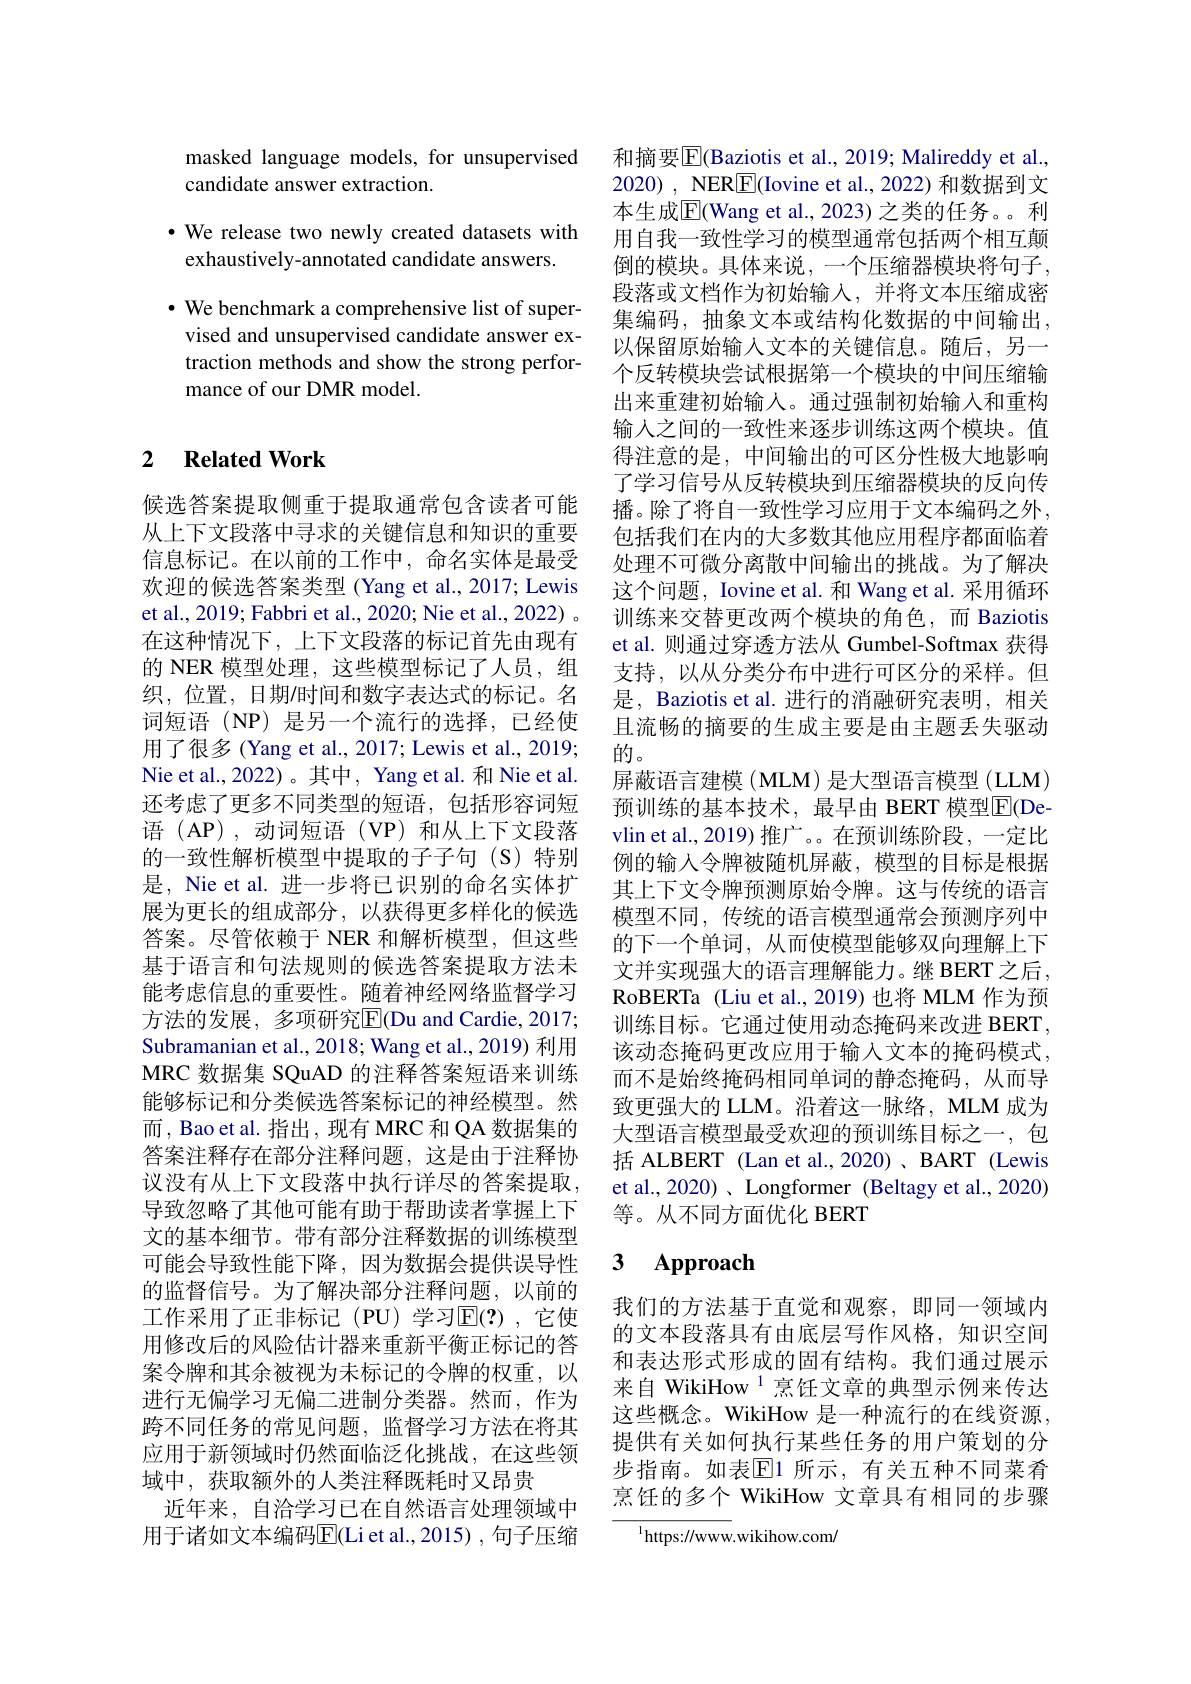
masked language models, for unsupervised
candidate answer extraction.
· We release two newly created datasets with
exhaustively-annotated candidate answers.
· We benchmark a comprehensive list of super-
vised and unsupervised candidate answer extraction methods and show the strong performance of our DMR model.

## 2 Related Work

候选答案提取侧重于提取通常包含读者可能从上下文段落中寻求的关键信息和知识的重要信息标记。在以前的工作中，命名实体是最受欢迎的候选答案类型 (Yang et al., 2017; Lewis et al., 2019; Fabbri et al., 2020; Nie et al., 2022) 。在这种情况下，上下文段落的标记首先由现有的 NER 模型处理，这些模型标记了人员，组织，位置，日期间间和数字表达式的标记。名词短语 (NP) 是另一个流行的选择，已经使用了很多 (Yang et al., 2017; Lewis et al., 2019; Nie et al., 2022)。其中，Yang et al. 和 Nie et al. 还考虑了更多不同类型的短语，包括形容词短语 (AP),动词短语(VP)和从上下文段落的一致性解析模型中提取的子子句(S)特别是，Nie et al. 进一步将已识别的命名实体扩展为更长的组成部分，以获得更多样化的候选答案。尽管依赖于 NER 和解析模型，但这些基于语言和句法规则的候选答案提取方法未能考虑信息的重要性。随着神经网络监督学习方法的发展，多项研究$\overline{\mathrm{E}}($Du and Cardie,2017; Subramanian et al., 2018; Wang et al., 2019) 利用MRC 数据集 SQuAD 的注释答案短语来训练能够标记和分类候选答案标记的神经模型。然而，Bao et al. 指出，现有 MRC 和 QA 数据集的答案注释存在部分注释问题，这是由于注释协议没有从上下文段落中执行详尽的答案提取， 导致忽略了其他可能有助于帮助读者掌握上下文的基本细节。带有部分注释数据的训练模型可能会导致性能下降，因为数据会提供误导性的监督信号。为了解决部分注释问题，以前的工作采用了正非标记(PU)学习$\mathbb{E}(?)$,它使用修改后的风险估计器来重新平衡正标记的答案令牌和其余被视为未标记的令牌的权重，以进行无偏学习无偏二进制分类器。然而，作为跨不同任务的常见问题，监督学习方法在将其应用于新领域时仍然面临泛化挑战，在这些领域中，获取额外的人类注释既耗时又昂贵
近年来，自洽学习已在自然语言处理领域中$\underline\text{烹饪的多个 WikiHow 文章具有相同的步骤}$
用于诸如文本编码$\overline{\mathrm{E}}($Li et al.,2015) ,句子压缩

和摘要$\overline{\mathbb{F}}($Baziotis et al., 2019; Malireddy et al., 2020), NER$\boxed{\mathrm{F}}($Iovine et al., 2022) 和数据到文本生成$\overline{\mathrm{E}}$(Wang et al., 2023) 之类的任务。。利用自我一致性学习的模型通常包括两个相互颠倒的模块。具体来说，一个压缩器模块将句子， 段落或文档作为初始输入，并将文本压缩成密集编码，抽象文本或结构化数据的中间输出， 以保留原始输入文本的关键信息。随后，另一个反转模块尝试根据第一个模块的中间压缩输出来重建初始输入。通过强制初始输入和重构输入之间的一致性来逐步训练这两个模块。值得注意的是，中间输出的可区分性极大地影响了学习信号从反转模块到压缩器模块的反向传播。除了将自一致性学习应用于文本编码之外， 包括我们在内的大多数其他应用程序都面临着处理不可微分离散中间输出的挑战。为了解决这个问题，Iovine et al. 和 Wang et al. 采用循环训练来交替更改两个模块的角色，而 Baziotis et al. 则通过穿透方法从 Gumbel-Softmax 获得支持，以从分类分布中进行可区分的采样。但是，Baziotis et al. 进行的消融研究表明，相关且流畅的摘要的生成主要是由主题丢失驱动的。
屏蔽语言建模 (MLM) 是大型语言模型 (LLM) 预训练的基本技术，最早由 BERT 模型$\overline{\mathrm{E}}($Devlin et al., 2019) 推广。。在预训练阶段，一定比例的输入令牌被随机屏蔽，模型的目标是根据其上下文令牌预测原始令牌。这与传统的语言模型不同，传统的语言模型通常会预测序列中的下一个单词，从而使模型能够双向理解上下文并实现强大的语言理解能力。继 BERT 之后， RoBERTa (Liu et al.,2019)也将 MLM 作为预训练目标。它通过使用动态掩码来改进 BERT, 该动态掩码更改应用于输入文本的掩码模式， 而不是始终掩码相同单词的静态掩码，从而导致更强大的 LLM。沿着这一脉络，MLM 成为大型语言模型最受欢迎的预训练目标之一，包括 ALBERT (Lan et al.,2020)、BART (Lewis et al., 2020) 、 Longformer (Beltagy et al., 2020) 等。从不同方面优化 BERT

### $\textbf{3}$ $\textbf{Approach}$

我们的方法基于直觉和观察，即同一领域内的文本段落具有由底层写作风格，知识空间和表达形式形成的固有结构。我们通过展示来自 WikiHow $^{1}$烹饪文章的典型示例来传达这些概念。WikiHow 是一种流行的在线资源， 提供有关如何执行某些任务的用户策划的分步指南。如表$\boxed{\mathrm{E}}$1 所示，有关五种不同菜肴

$^{1}$https://www.wikihow.com